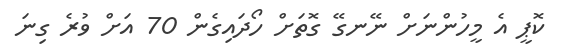
ކޮޕީ އެ މީހުންނަށް ނޭނގޭ ގޮތަށް ހޯދައިގެން 70 އަށް ވުރެ ގިނަ